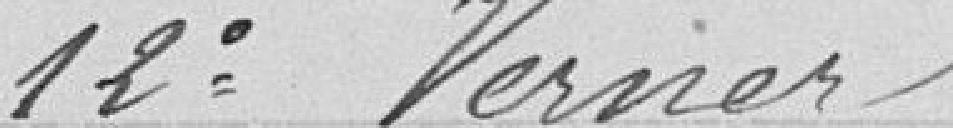
12° Vernier